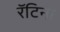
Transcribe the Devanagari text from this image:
रॅटिना